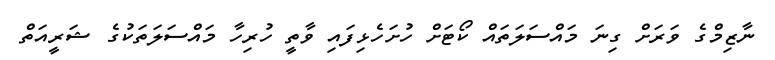
ނާޒިމްގެ ވަރަށް ގިނަ މައްސަލަތައް ކޯޓަށް ހުށަހެޅިފައި ވާތީ ހުރިހާ މައްސަލަތަކުގެ ޝަރީއަތް